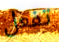
تفعل